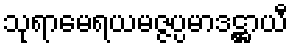
သုရာမေရယမဇ္ဇပ္ပမာဒဋ္ဌာယီ